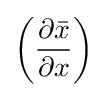
\left({\frac {\partial {\bar {x}}}{\partial x}}\right)